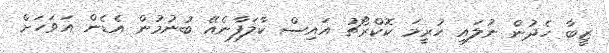
ޒީބާ ހެދުން ނުލައި ހުރީމަ ކޮކްރޯޗު އައިސް ކާލަފާނެއޭ ބުނުމުން އެޑެން އަވަހަށް